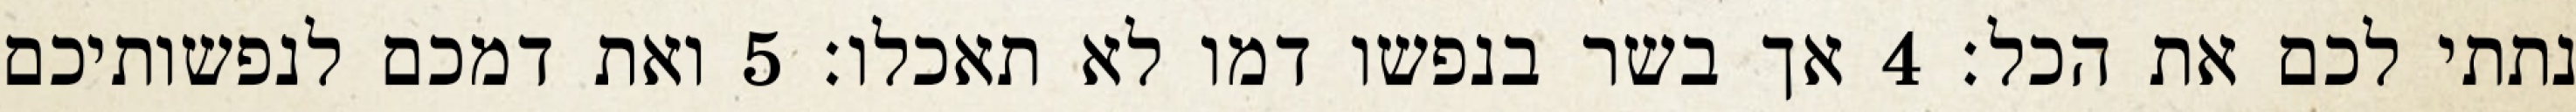
נתתי לכם את הכל׃ ‎4‏ אך בשר בנפשו דמו לא תאכלו׃ ‎5‏ ואת דמכם לנפשותיכם